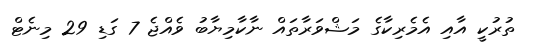
ތުރުކީ އާއި އެމެރިކާގެ މަޝްވަރާތައް ނާކާމިޔާބު ވެއްޖެ 7 ގަޑި 29 މިނެޓް